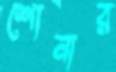
শোনার